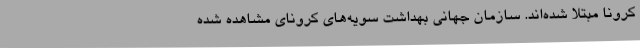
کرونا مبتلا شده‌اند. سازمان جهانی بهداشت سویه‌های کرونای مشاهده شده